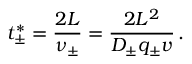
t _ { \pm } ^ { * } = \frac { 2 L } { \nu _ { \pm } } = \frac { 2 L ^ { 2 } } { D _ { \pm } q _ { \pm } v } \, .